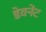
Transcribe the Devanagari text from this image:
डेवनेंट